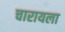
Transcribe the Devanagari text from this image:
चारायला